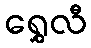
ရွှေလီ